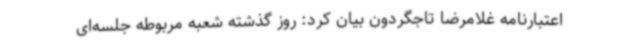
اعتبارنامه غلامرضا تاجگردون بیان کرد: روز گذشته شعبه مربوطه جلسه‌ای